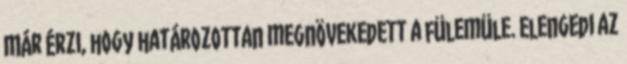
Már érzi, hogy határozottan megnövekedett a fülemüle. Elengedi az